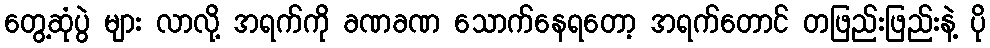
တွေ့ဆုံပွဲ များ လာလို့ အရက်ကို ခဏခဏ သောက်နေရတော့ အရက်တောင် တဖြည်းဖြည်းနဲ့ ပို